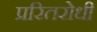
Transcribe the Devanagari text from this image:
प्ररितरोधी